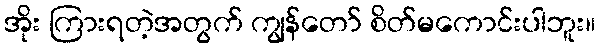
အိုး ကြားရတဲ့အတွက် ကျွန်တော် စိတ်မကောင်းပါဘူး။